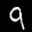
Label: 9